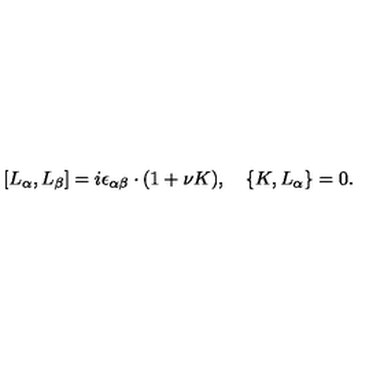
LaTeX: [ L _ { \alpha } , L _ { \beta } ] = i \epsilon _ { \alpha \beta } \cdot ( 1 + \nu K ) , \quad \{ K , L _ { \alpha } \} = 0 .